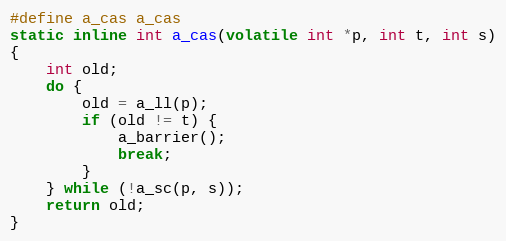
Language: C
#define a_cas a_cas
static inline int a_cas(volatile int *p, int t, int s)
{
	int old;
	do {
		old = a_ll(p);
		if (old != t) {
			a_barrier();
			break;
		}
	} while (!a_sc(p, s));
	return old;
}